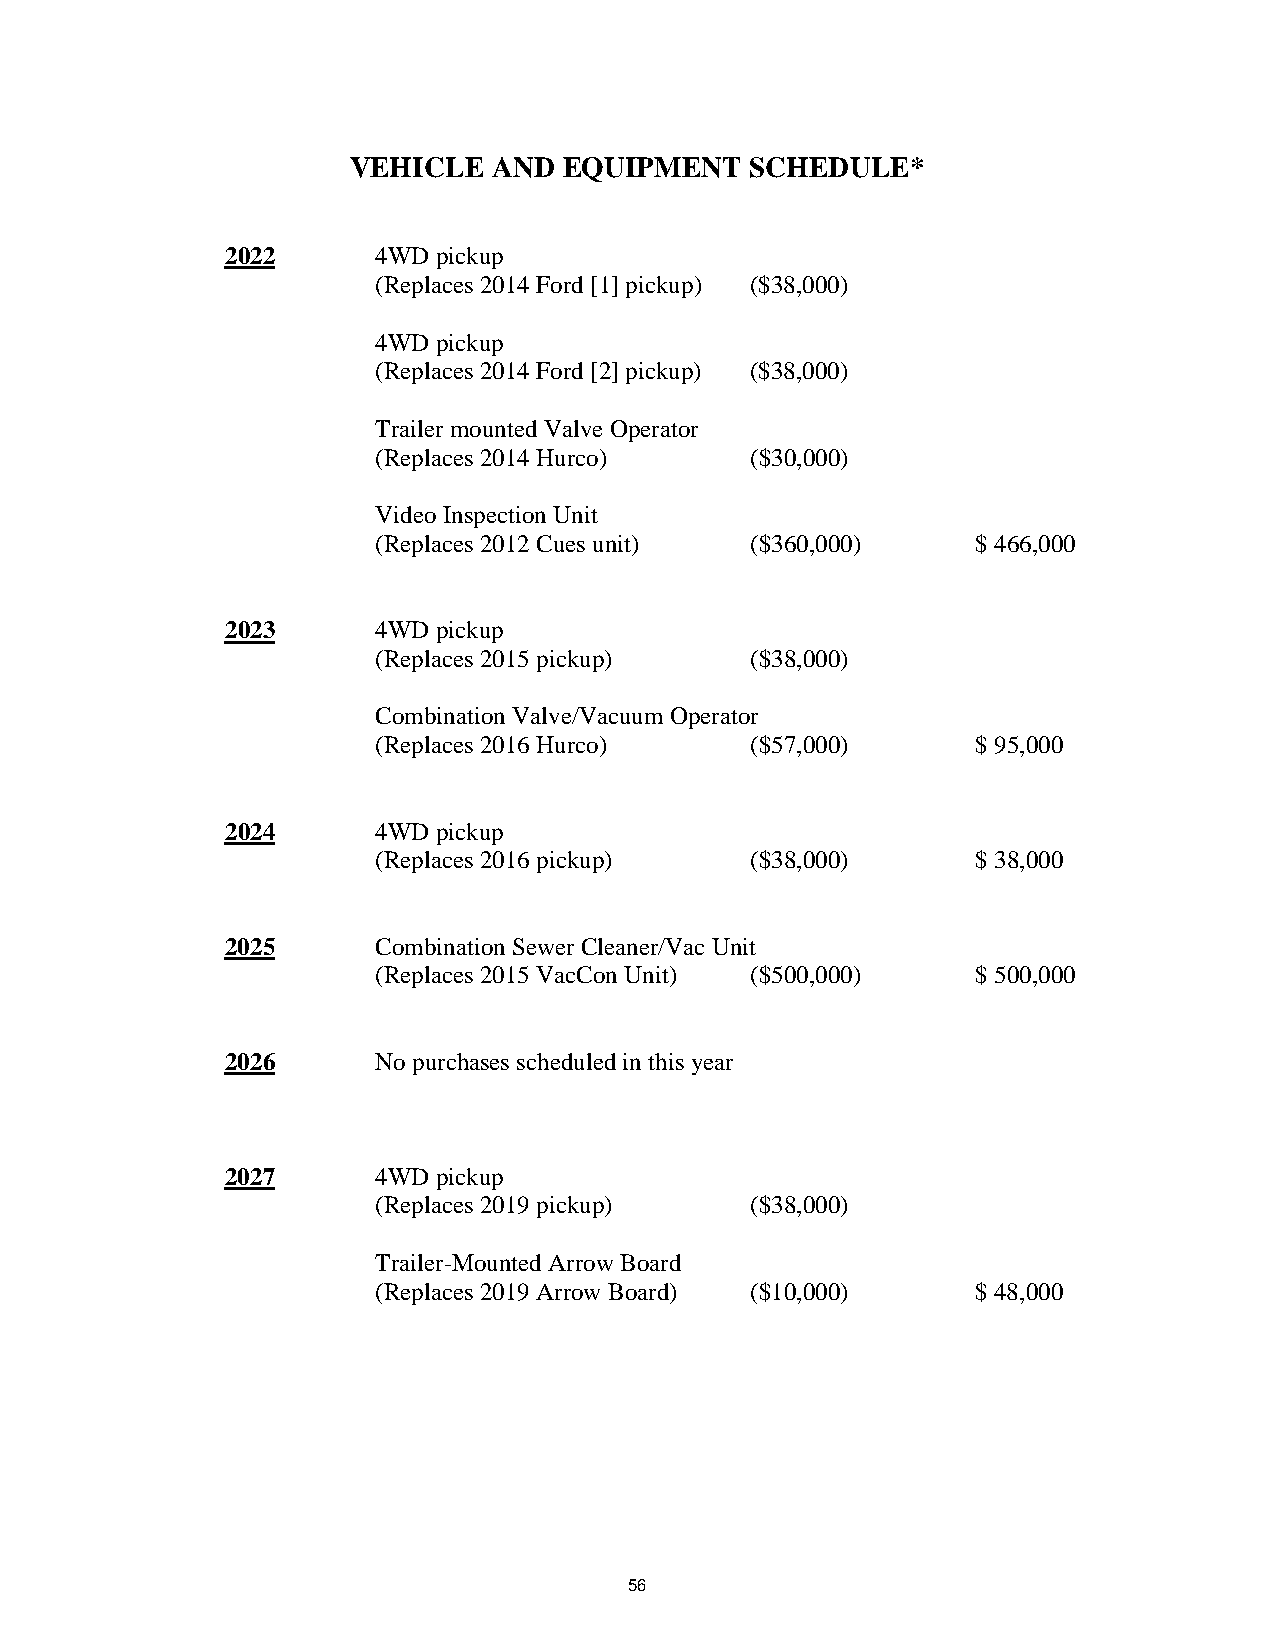
VEHICLE   AND EQUIPMENT    SCHEDULE*
 2022      4WD pickup
 (Replaces 2014 Ford [1] pickup) ($38,000)
 4WD pickup
 (Replaces 2014 Ford [2] pickup) ($38,000)
 Trailer mounted Valve Operator
 (Replaces 2014 Hurco)    ($30,000)
 Video Inspection Unit
 (Replaces 2012 Cues unit) ($360,000)    $ 466,000
 2023      4WD pickup
 (Replaces 2015 pickup)   ($38,000)
 Combination Valve/Vacuum Operator
 (Replaces 2016 Hurco)    ($57,000)      $ 95,000
 2024      4WD pickup
 (Replaces 2016 pickup)   ($38,000)      $ 38,000
 2025      Combination Sewer Cleaner/Vac Unit
 (Replaces 2015 VacCon Unit) ($500,000)  $ 500,000
 2026      No purchases scheduled in this year
 2027      4WD pickup
 (Replaces 2019 pickup)   ($38,000)
 Trailer-Mounted Arrow Board
 (Replaces 2019 Arrow Board) ($10,000)   $ 48,000
 56